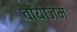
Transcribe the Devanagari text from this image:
वायाजेम